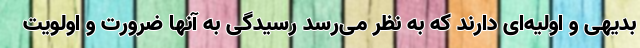
بدیهی و اولیه‌ای دارند که به نظر می‌رسد رسیدگی به آنها ضرورت و اولویت